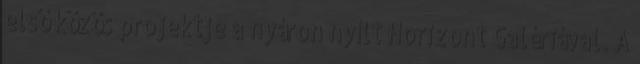
első közös projektje a nyáron nyílt Horizont Galériával. A